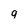
Character: q